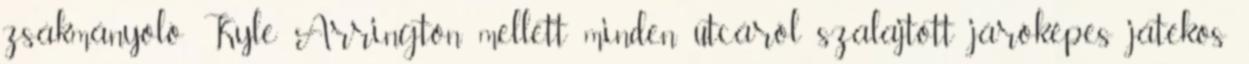
zsákmányoló Kyle Arrington mellett minden utcáról szalajtott járóképes játékos